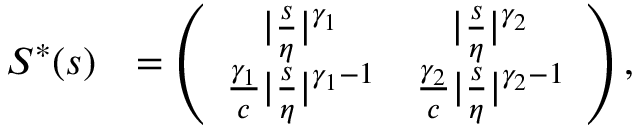
\begin{array} { r l } { S ^ { \ast } ( s ) } & { = \left( \begin{array} { c c } { \vert \frac s \eta \vert ^ { \gamma _ { 1 } } } & { \vert \frac s \eta \vert ^ { \gamma _ { 2 } } } \\ { \frac { \gamma _ { 1 } } { c } \vert \frac s \eta \vert ^ { \gamma _ { 1 } - 1 } } & { \frac { \gamma _ { 2 } } { c } \vert \frac s \eta \vert ^ { \gamma _ { 2 } - 1 } } \end{array} \right) , } \end{array}